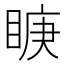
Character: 𭾿